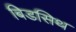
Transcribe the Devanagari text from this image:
बिडसिथ